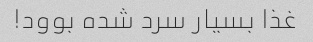
غذا بسیار سرد شده بوود!